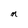
Character: n